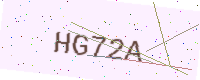
Text: HG72A